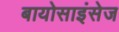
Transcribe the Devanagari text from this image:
बायोसाइंसेज